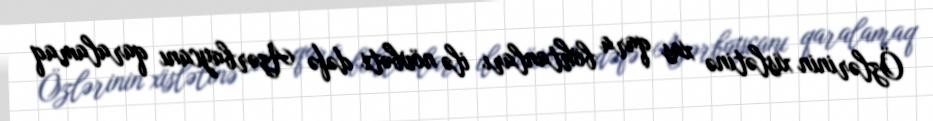
Özlərinin xislətinə xas qara böhtanları ilə növbəti dəfə Azərbaycanı qaralamaq